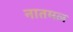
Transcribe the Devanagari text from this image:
नातमल